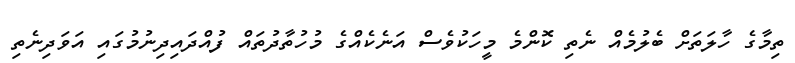
ތިމާގެ ހާލަތަށް ބެލުމެއް ނެތި ކޮންމެ މީހަކުވެސް އަނެކެއްގެ މުހުތާދުތައް ފުއްދައިދިނުމުގައި އަަވަދިނެތި